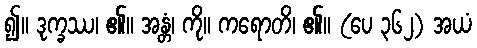
၍။ ဒုက္ခဿ၊ ၏။ အန္တံ၊ ကို။ ကရောတိ၊ ၏။ (ပေ ၃၆၂) အယံ